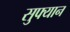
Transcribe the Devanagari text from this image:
सुफ्यान